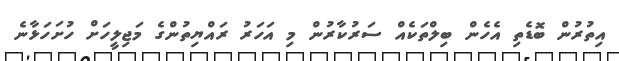
އިތުރުން ބޮޑެތި އެހެން ބިލްތަކެއް ސަރުކާރުން މި އަހަރު ރައްޔިތުންގެ މަޖިލީހަށް ހުށަހަޅާނެ